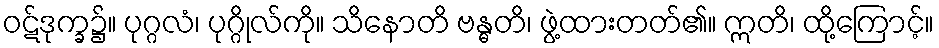
ဝဋ်ဒုက္ခ၌။ ပုဂ္ဂလံ၊ ပုဂ္ဂိုလ်ကို။ သိနောတိ ဗန္ဓတိ၊ ဖွဲ့ထားတတ်၏။ ဣတိ၊ ထို့ကြောင့်။